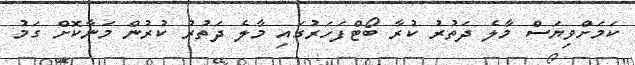
ކަމަށްވިޔަސް މާލެ ދަތުރު ކުރާ ބޯޓްފަހަރުގައި މާލެ ދަތުރު ކުރުން މަނާކޮށް ގަމު